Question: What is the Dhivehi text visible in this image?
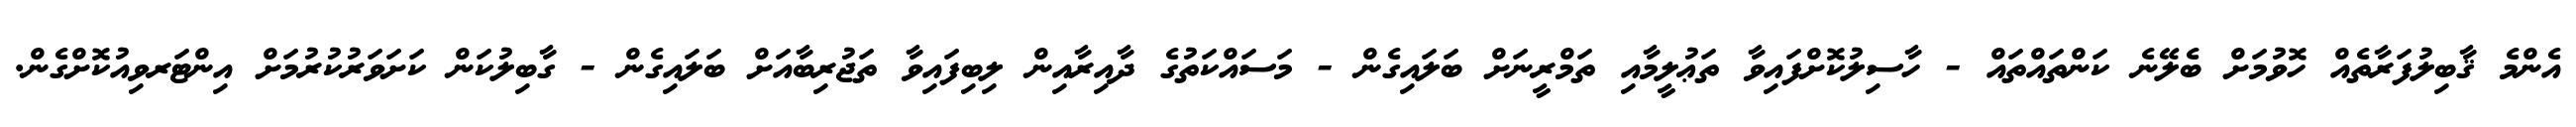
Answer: އެންމެ ޤާބިލުފަރާތެއް ހޮވުމަށް ބެލޭނެ ކަންތައްތައް - ހާސިލުކޮށްފައިވާ ތަޢުލީމާއި ތަމްރީނަށް ބަލައިގެން - މަސައްކަތުގެ ދާއިރާއިން ލިބިފައިވާ ތަޖުރިބާއަށް ބަލައިގެން - ގާބިލުކަން ކަށަވަރުކުރުމަށް އިންޓަރވިއުކޮށްގެން.